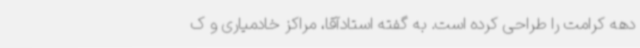
دهه کرامت را طراحی کرده است. به گفته استادآقا، مراکز خادمیاری و ک